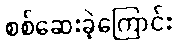
စစ်ဆေးခဲ့ကြောင်း